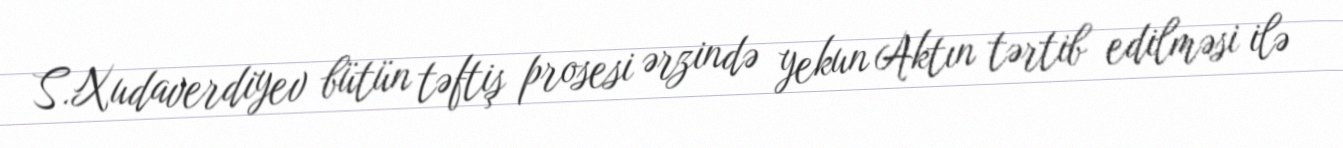
S.Xudaverdiyev bütün təftiş prosesi ərzində yekun Aktın tərtib edilməsi ilə